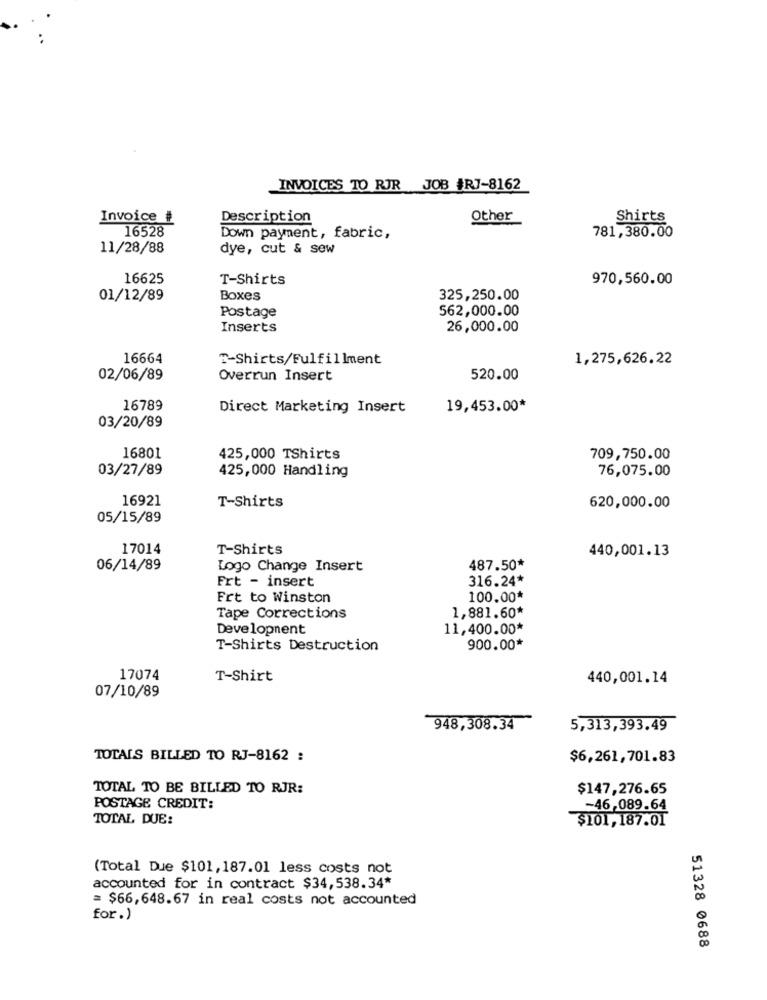
INVOICES TO RJR JOB #RJ-8162
Invoice #
Description
Other
Shirts
16528
Down payment, fabric,
781,380.00
11/28/88
dye, cut & sew
16625
T-Shirts
970,560.00
01/12/89
Boxes
325,250.00
Postage
562,000.00
Inserts
26,000.00
16664
T-Shirts/Fulfillment
1,275,626.22
02/06/89
Overrun Insert
520.00
16789
Direct Marketing Insert
19,453.00*
03/20/89
16801
425,000 TShirts
709,750.00
03/27/89
425,000 Handling
76,075.00
16921
T-Shirts
620,000.00
05/15/89
17014
T-Shirts
440,001.13
06/14/89
Logo Change Insert
487.50*
Frt - insert
316.24*
Frt to Winston
100.00*
Tape Corrections
1,881.60*
Development
11,400.00*
T-Shirts Destruction
900.00*
17074
T-Shirt
440,001.14
07/10/89
948,308.34
5,313,393.49
TOTALS BILLED TO RJ-8162 :
$6,261,701.83
TOTAL TO BE BILLED TO RJR:
$147,276.65
POSTAGE CREDIT:
-46,089.64
TOTAL DUE:
$101,187.01
(Total Due $101, 187.01 less costs not
accounted for in contract $34,538.34*
= $66,648.67 in real costs not accounted
for.)
51328 0688